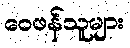
ဝေဖန်သူများ